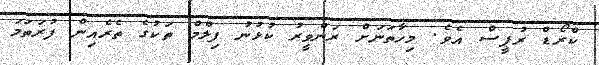
ކްރޯޑް ރުޕީސް އެވެ. މިހާތަނަށް ރަންވީރު ކުޅުނު ފިލްމް ތަކުގެ ތެރެއިން ފުރަތަމަ